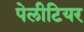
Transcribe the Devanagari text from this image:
पेलीटियर